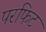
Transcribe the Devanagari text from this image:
परफिट